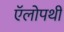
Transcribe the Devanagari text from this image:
ऍलोपथी